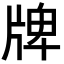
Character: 牌